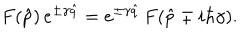
LaTeX: F ( \hat { p } ) \, e ^ { \pm \gamma \hat { q } } = e ^ { \pm \gamma \hat { q } } \, F ( \hat { p } \mp i \hbar \gamma ) .